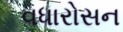
વધારોસન